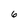
Character: 6